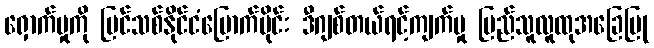
ရှောက်မှုကို ပြင်သစ်နိုင်ငံမြောက်ပိုင်း ဒီဂျစ်တယ်ရင့်ကျက်မှု ပြည်သူလူထုအခြေပြု